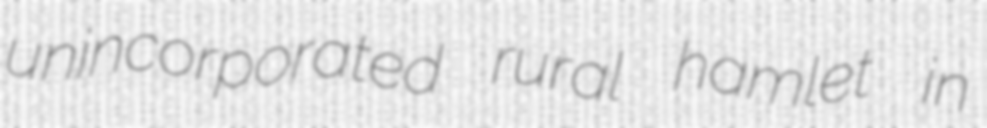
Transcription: unincorporated rural hamlet in